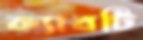
ক্যাবটি